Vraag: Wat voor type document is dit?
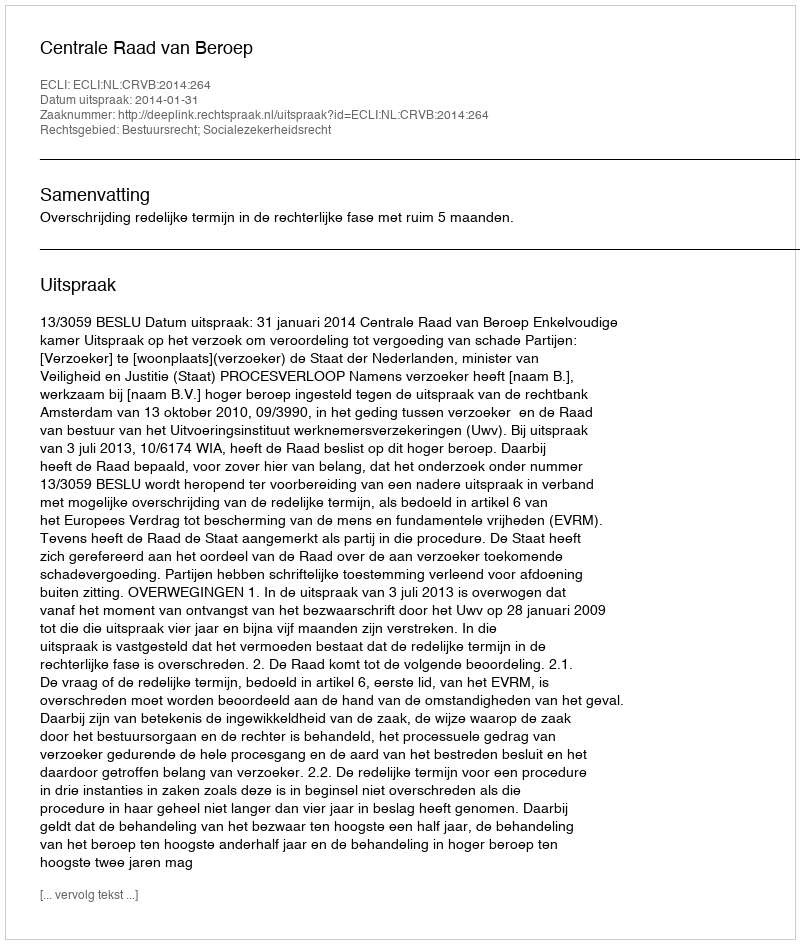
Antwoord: Uitspraak